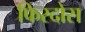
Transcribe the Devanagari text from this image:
फिरदोस